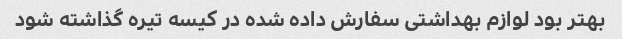
بهتر بود لوازم بهداشتی سفارش داده شده در کیسه تیره گذاشته شود